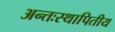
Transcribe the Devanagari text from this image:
अन्तःस्थापितीय